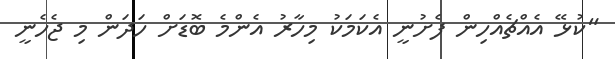
"ކުޅޭ އެއްޗެއްހިން ފެށުނީ އެކަމަކު މިހާރު އެންމެ ބޮޑަށް ހަދަން މި ޖެހެނީ